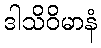
ဒါသိဝိမာနံ